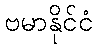
ဗမာနိုင်ငံ